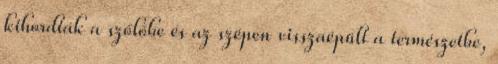
kihordták a szőlőbe és az szépen visszaépült a természetbe,